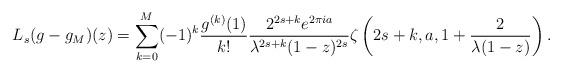
LaTeX: \begin{align*} L_s(g-g_M)(z) = \sum_{k=0}^M (-1)^k \frac{g^{(k)}(1)}{k!} \frac{2^{2s+k}e^{2\pi i a}}{\lambda^{2s+k}(1-z)^{2s}} \zeta\left( 2s+k, a, 1+\frac{2}{\lambda(1-z)}\right).\end{align*}